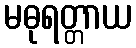
မဓုရတ္တာယ